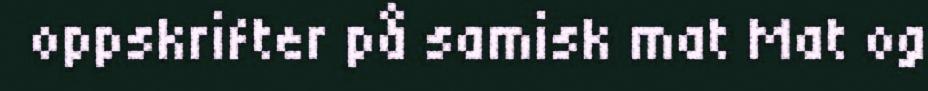
oppskrifter på samisk mat Mat og